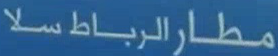
مطارالرباطسلا